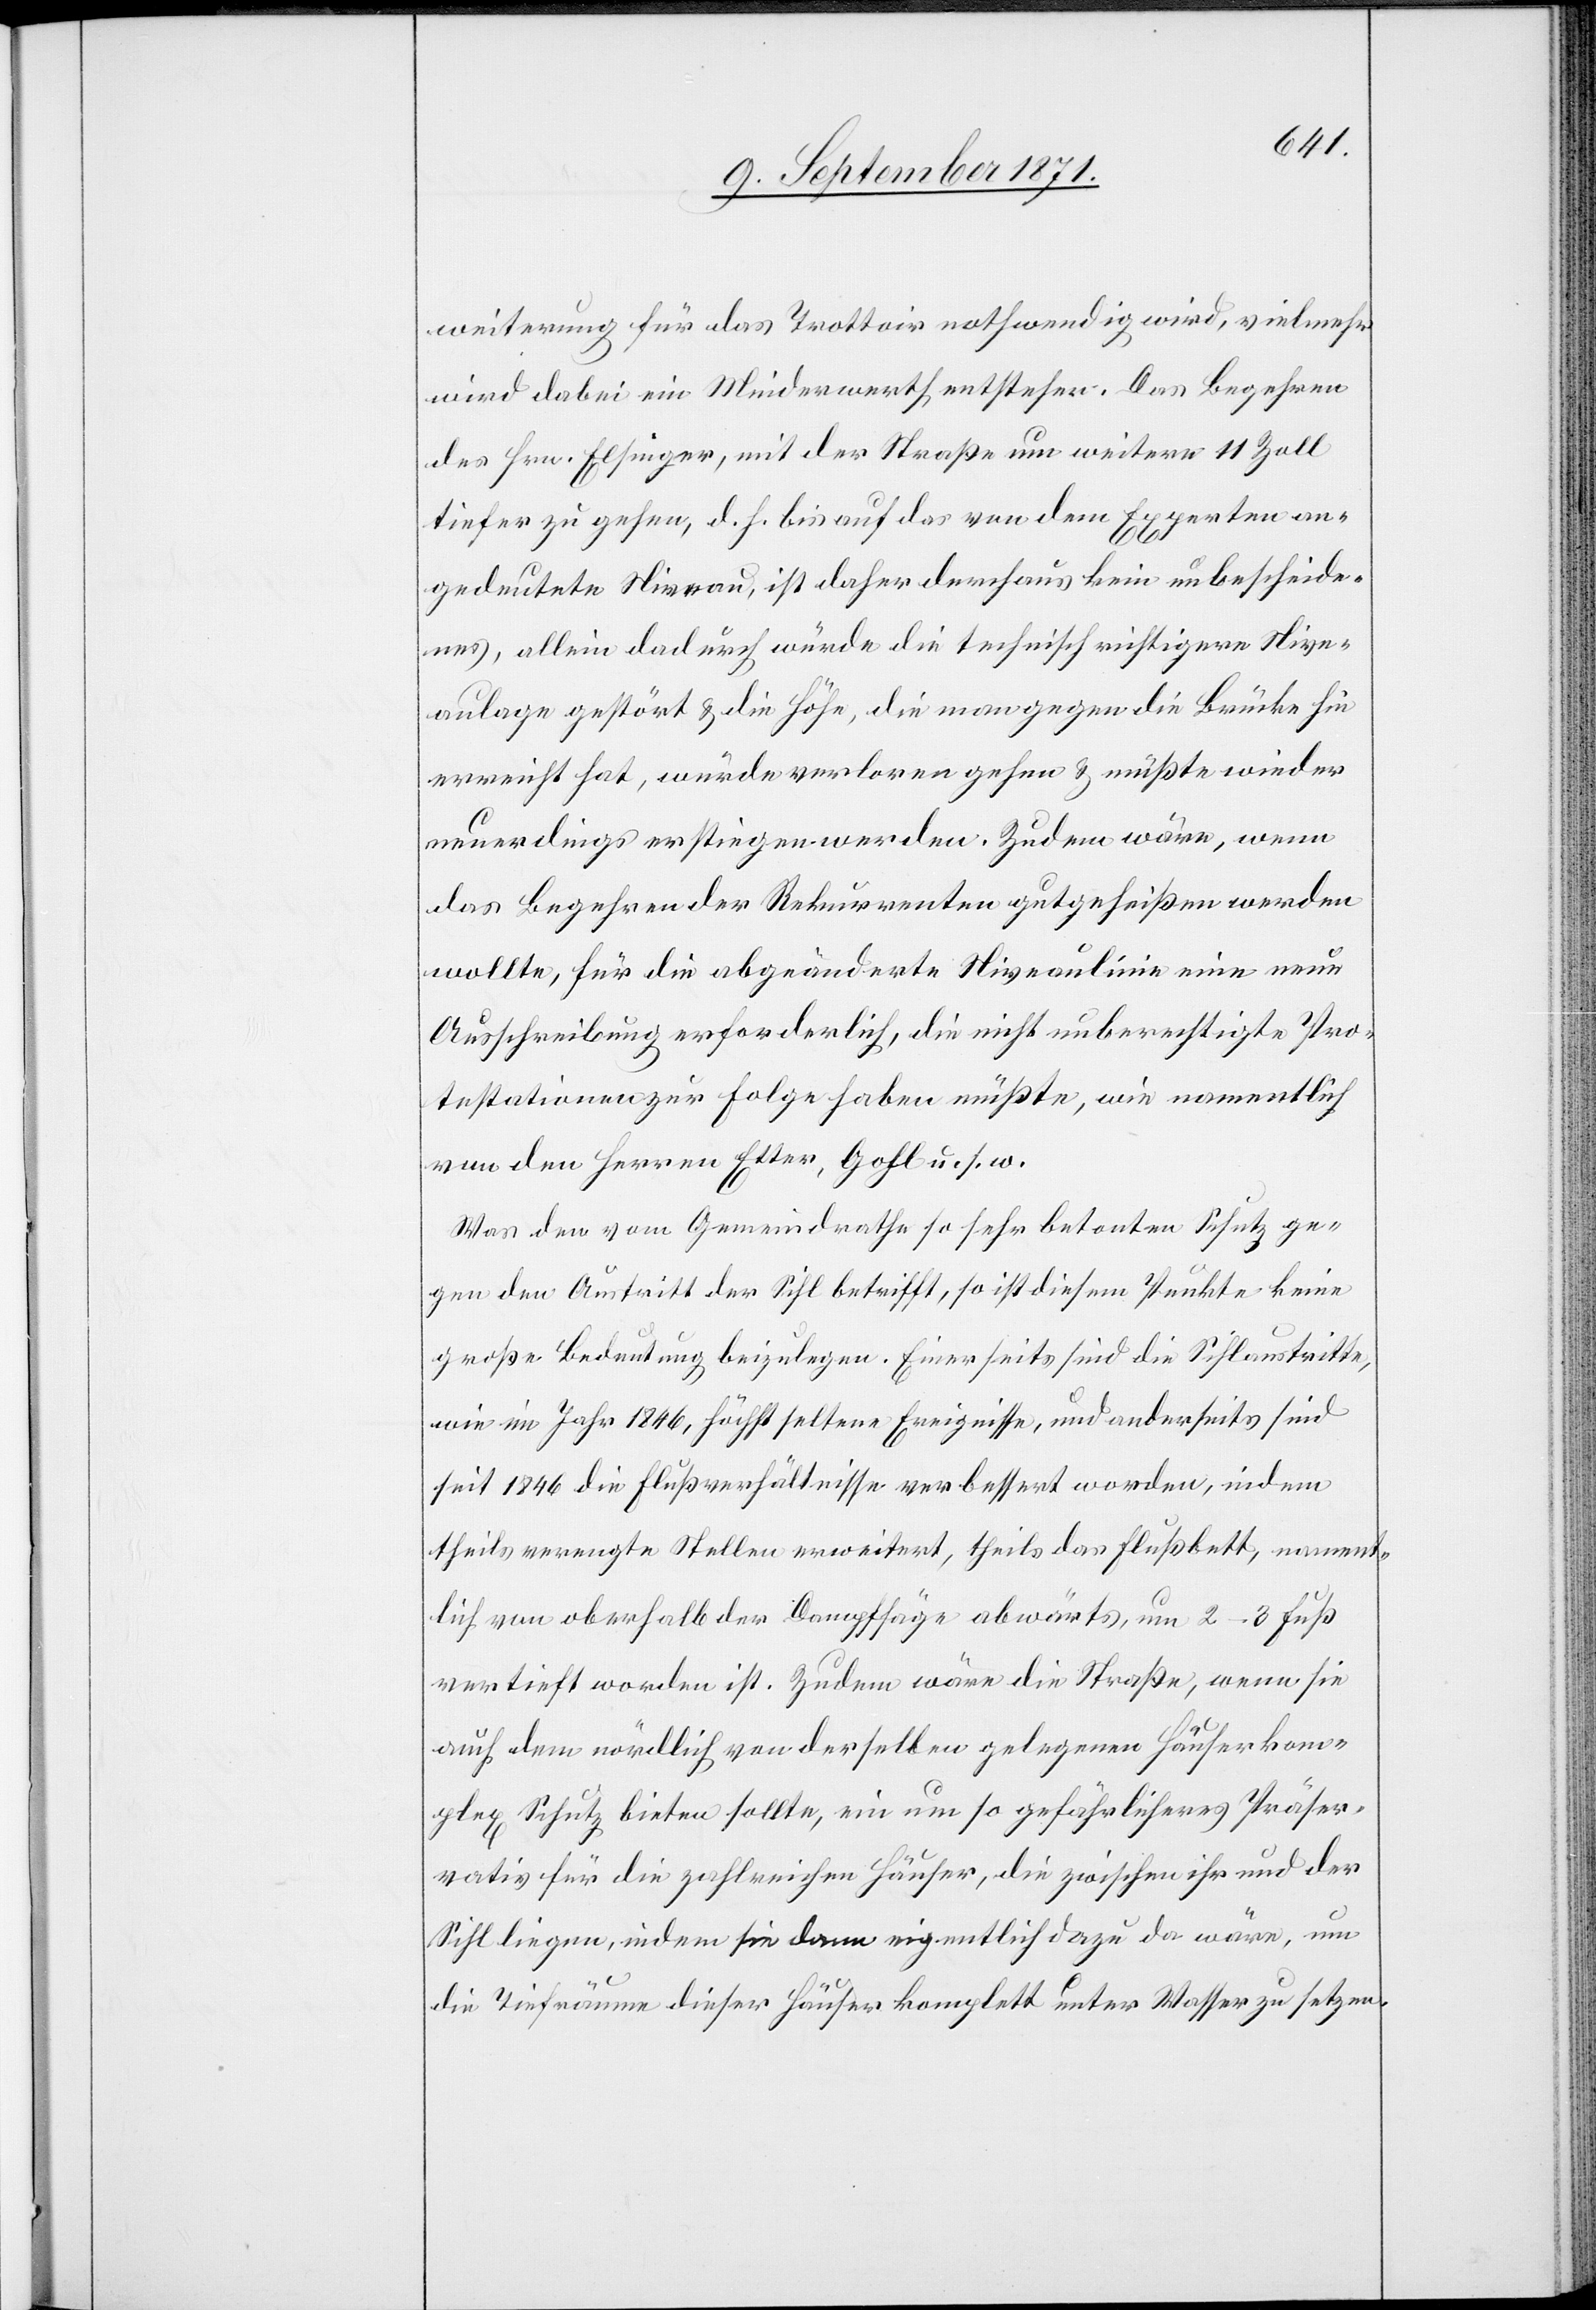
weiterung für das Trottoir nothwendig wird, vielmehr
wird dabei ein Minderwerth entstehen. Das Begehren
des Hrn. Elsinger, mit der Straße um weitere 11 Zoll
tiefer zu gehen, d. h. bis auf das von dem Experten an¬
gedeutete Niveau, ist daher durchaus kein unbescheide¬
nes, allein dadurch würde die technisch richtigere Nive¬
aulage gestört & die Höhe, die man gegen die Brücke hin
erreicht hat, würde verloren gehen & müßte wieder
neuerdings erstiegen werden. Zudem wäre, wenn
das Begehren der Rekurrenten gutgeheißen werden
wollte, für die abgeänderte Niveaulinie eine neue
Ausschreibung erforderlich, die nicht unberechtigte Pro¬
testationen zur Folge haben müßte, wie namentlich
von den Herren Etter, Gohl u. s. w.
Was den vom Gemeindrathe so sehr betonten Schutz ge¬
gen den Austritt der Sihl betrifft, so ist diesem Punkte keine
große Bedeutung beizulegen. Einerseits sind die Sihlaustritte
wie im Jahr 1849, höchst seltene Ereignisse, und anderseits sind
seit 1846 die Flußverhältnisse verbessert worden, indem
theils verengte Stellen erweitert, theils das Flussbett, nament¬
lich von oberhalb der Dampfsäge abwärts, um 2–3 Fuß
vertieft worden ist. Zudem wäre die Straße, wenn sie
auch dem nördlich vor derselben gelegenen Häuserkom¬
plex Schutz bieten sollte, ein um so gefährlicheres Präser¬
vativ für die zahlreichen Häuser, die zwischen ihr und der
Sihl liegen, indem sie dann eigentlich dazu da wäre, um
die Tiefräume dieser Häuser komplett unter Wasser zu setzen.